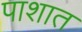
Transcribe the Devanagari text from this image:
पाशात